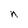
Character: n